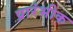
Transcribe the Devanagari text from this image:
प्रारंभीक